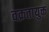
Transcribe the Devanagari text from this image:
वक्रतायुक्त